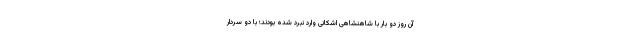
آن روز دو بار با شاهنشاهی اشکانی وارد نبرد شده بودند؛ با دو سردار